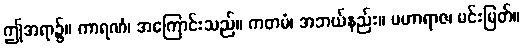
ဤအရာ၌။ ကာရဏံ၊ အကြောင်းသည်။ ကတမံ၊ အဘယ်နည်း။ မဟာရာဇ၊ မင်းမြတ်။